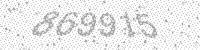
Solution: 869915